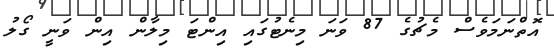
އޮތްނަމަވެސް މެޗުގެ 87 ވަނަ މިނެޓުގައި އިންޓަ މިލާން އިން ވަނީ ގޯލު